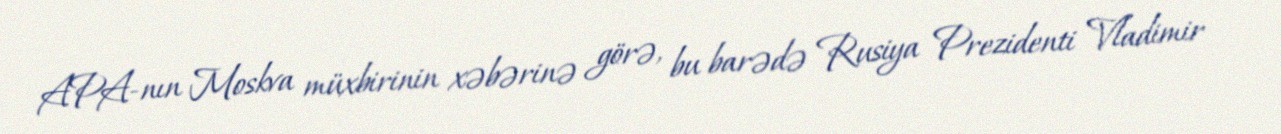
APA-nın Moskva müxbirinin xəbərinə görə, bu barədə Rusiya Prezidenti Vladimir